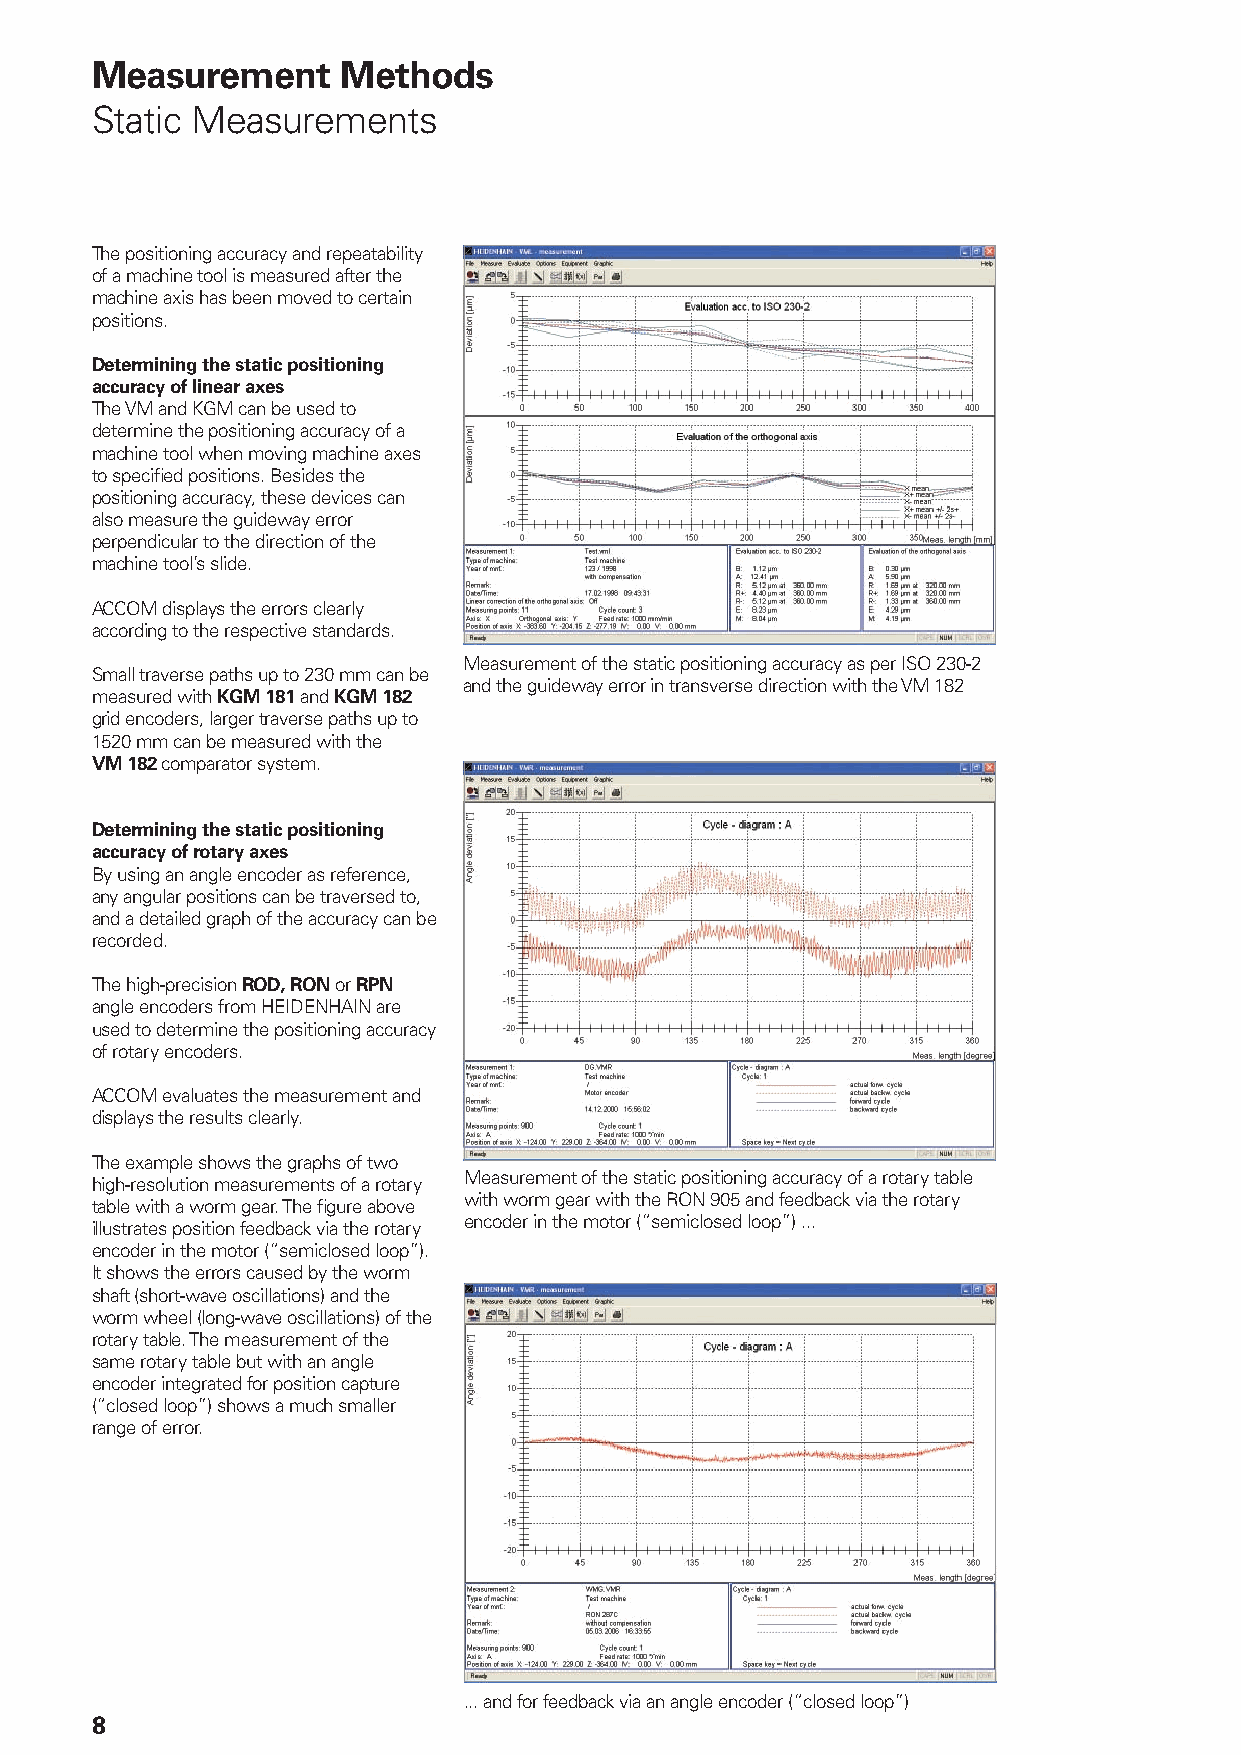
Measurement     Methods
 Static Measurements
 The positioning accuracy and repeatability
 of a machine tool is measured after the
 machine axis has been moved to certain
 positions.
 Determining the static positioning
 accuracy of linear axes
 The VM and KGM can be used to
 determine the positioning accuracy of a
 machine tool when moving machine axes
 to specifi ed positions. Besides the
 positioning accuracy, these devices can
 also measure the guideway error
 perpendicular to the direction of the
 machine tool’s slide.
 ACCOM displays the errors clearly
 according to the respective standards.
 Measurement of the static positioning accuracy as per ISO 230-2
 Small traverse paths up to 230 mm can be
 and the guideway error in transverse direction with the VM 182
 measured with KGM 181 and KGM 182
 grid encoders, larger traverse paths up to
 1520 mm can be measured with the
 VM 182 comparator system.
 Determining the static positioning
 accuracy of rotary axes
 By using an angle encoder as reference,
 any angular positions can be traversed to,
 and a detailed graph of the accuracy can be
 recorded.
 The high-precision ROD, RON or RPN
 angle encoders from HEIDENHAIN are
 used to determine the positioning accuracy
 of rotary encoders.
 ACCOM evaluates the measurement and
 displays the results clearly.
 The example shows the graphs of two
 Measurement of the static positioning accuracy of a rotary table
 high-resolution measurements of a rotary
 with worm gear with the RON 905 and feedback via the rotary
 table with a worm gear. The fi gure above
 encoder in the motor (“semiclosed loop”) ...
 illustrates position feedback via the rotary
 encoder in the motor (“semiclosed loop”).
 It shows the errors caused by the worm
 shaft (short-wave oscillations) and the
 worm wheel (long-wave oscillations) of the
 rotary table. The measurement of the
 same rotary table but with an angle
 encoder integrated for position capture
 (“closed loop”) shows a much smaller
 range of error.
 ... and for feedback via an angle encoder (“closed loop”)
 8